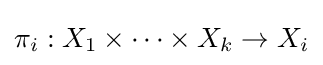
\pi _{i}:X_{1}\times \cdots \times X_{k}\to X_{i}